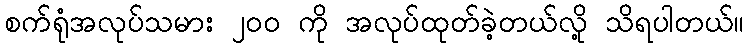
စက်ရုံအလုပ်သမား ၂၀၀ ကို အလုပ်ထုတ်ခဲ့တယ်လို့ သိရပါတယ်။